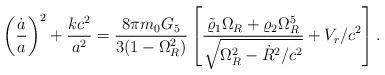
LaTeX: \begin{align*}\left({\dot{a}\over a}\right)^2+{{kc^2}\over a^2}={{8\pi m_0G_5}\over{3(1-\Omega^2_R)}}\left[{{\tilde{\varrho}_1\Omega_R+\varrho_2\Omega^5_R}\over\sqrt{\Omega^2_R-\dot{R}^2/c^2}}+V_r/c^2\right].\end{align*}